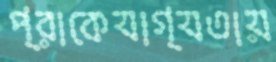
প্রাকেযাগ্যতায়